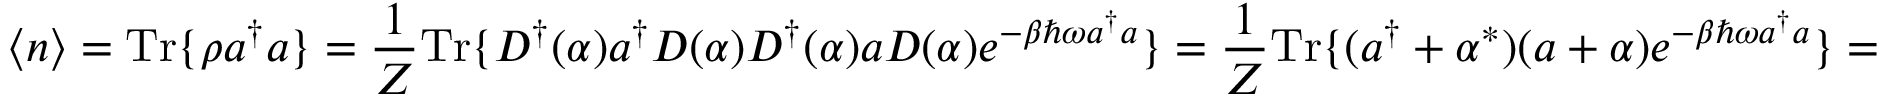
\langle n \rangle = { \mathrm { T r } } \{ \rho a ^ { \dagger } a \} = { \frac { 1 } { Z } } { \mathrm { T r } } \{ D ^ { \dagger } ( \alpha ) a ^ { \dagger } D ( { \alpha } ) D ^ { \dagger } ( \alpha ) a D ( \alpha ) e ^ { - \beta \hbar \omega a ^ { \dagger } a } \} = { \frac { 1 } { Z } } { \mathrm { T r } } \{ ( a ^ { \dagger } + \alpha ^ { * } ) ( a + \alpha ) e ^ { - \beta \hbar \omega a ^ { \dagger } a } \} =